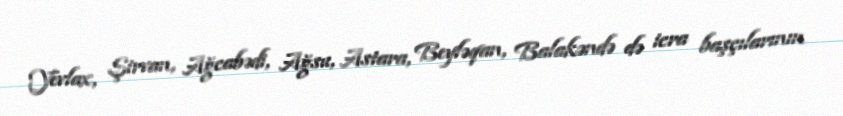
Yevlax, Şirvan, Ağcabədi, Ağsu, Astara, Beyləqan, Balakəndə də icra başçılarının